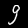
Label: 9